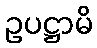
ဥပဋ္ဌာမိ